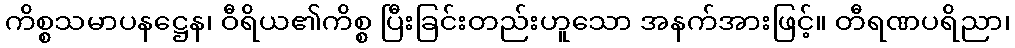
ကိစ္စသမာပနဋ္ဌေန၊ ဝီရိယ၏ကိစ္စ ပြီးခြင်းတည်းဟူသော အနက်အားဖြင့်။ တီရဏပရိညာ၊